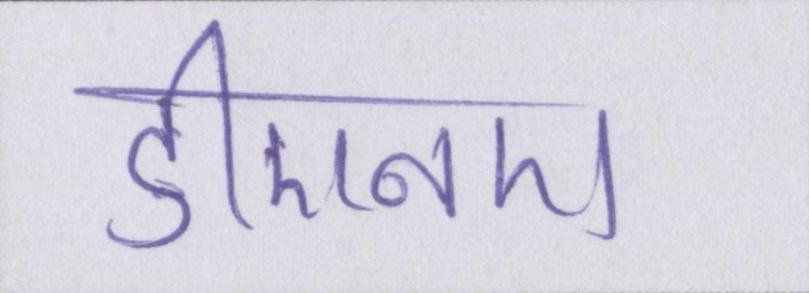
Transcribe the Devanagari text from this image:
डीएनए